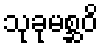
သုခုမစ္ဆဝိ